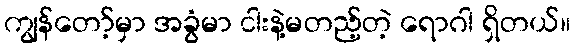
ကျွန်တော့်မှာ အခွံမာ ငါးနဲ့မတည့်တဲ့ ရောဂါ ရှိတယ်။